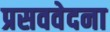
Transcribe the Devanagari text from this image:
प्रसववेदना